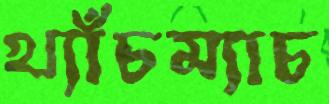
খ্যাঁচম্যাচ